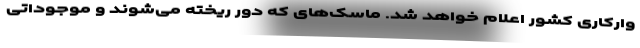
وارکاری کشور اعلام خواهد شد. ماسک‌های که دور ریخته می‌شوند و موجوداتی